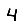
Digit: 4